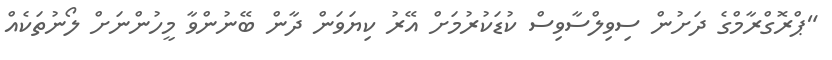
"ޕްރޮގްރާމްގެ ދަށުން ސިވިލްސާވިސް ކުޑަކުރުމަށް އޭރު ކިޔަވަން ދާން ބޭނުންވާ މީހުންނަށް ލޯނުތަކެއް